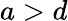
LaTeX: a>d